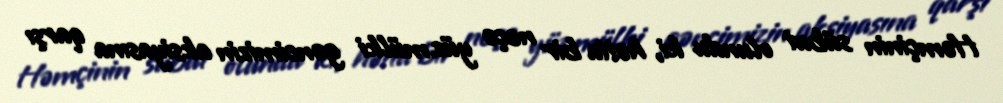
Həmçinin sübut olundu ki, hətta bir neçə yüz mülki gəncimizin aksiyasına qarşı